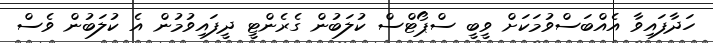
ހަދާފައިވާ އެއްބަސްވުމަކަށް ވީބީ ސްޕޯޓްސް ކުލަބުން ގެރެންޓީ ދީފައިވުމުން އެ ކުލަބުން ވެސް